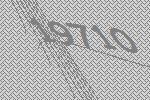
19710